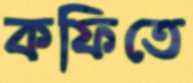
কফিতে